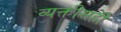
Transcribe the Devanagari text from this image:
व्यक्तीसही